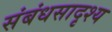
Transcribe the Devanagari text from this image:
संबंधसादृश्य